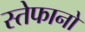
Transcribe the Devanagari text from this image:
स्तेफानो